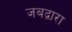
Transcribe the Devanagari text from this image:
जबद्वारा